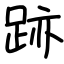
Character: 跡